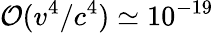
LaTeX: {\cal O}(v^{4}/c^{4})\simeq 10^{-19}